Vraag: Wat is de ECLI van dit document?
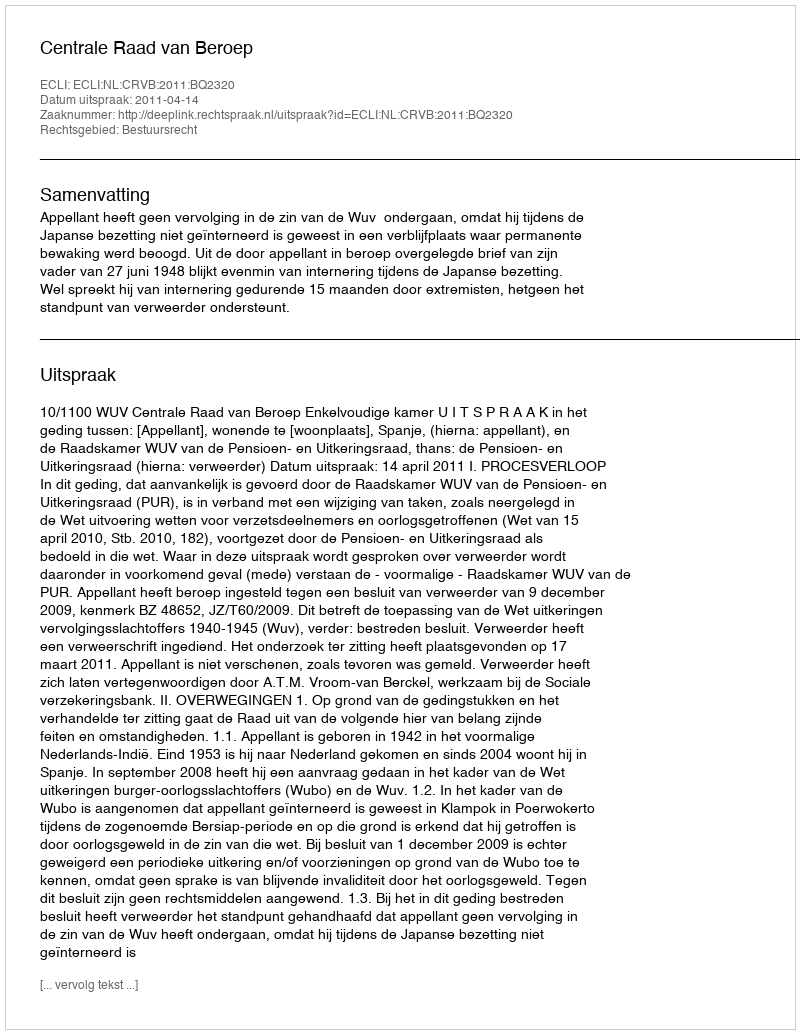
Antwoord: ECLI:NL:CRVB:2011:BQ2320